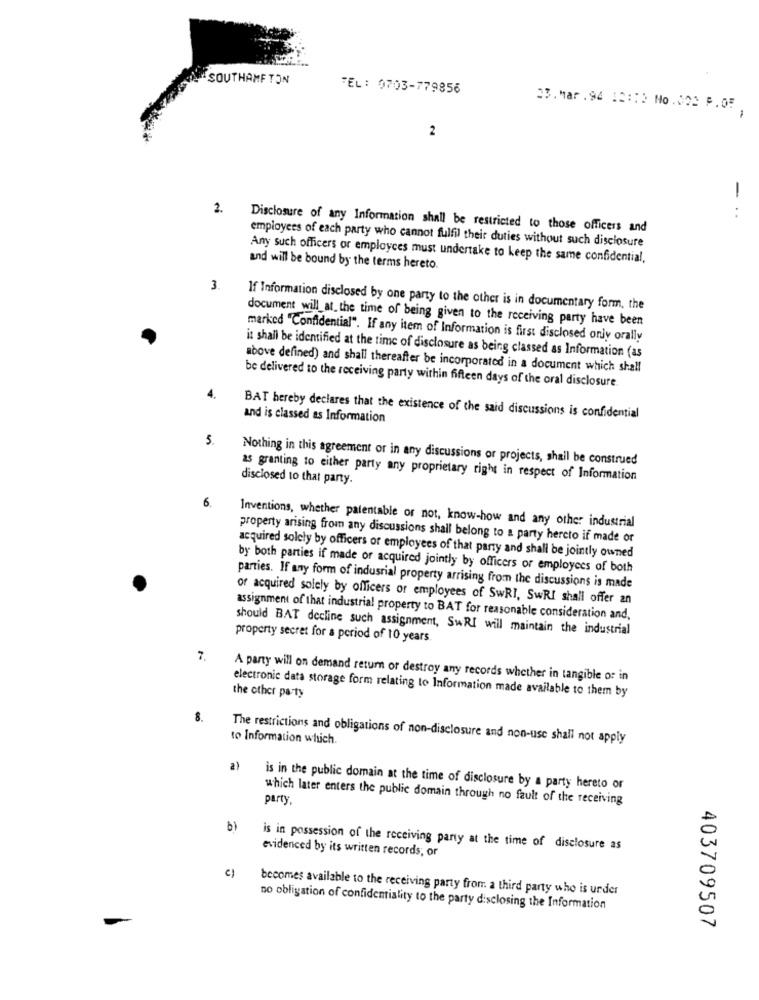
SOUTHAMPTON
TEL: 0703-779856
33.Mar .94 12 :: ) No .002 P.OF.
2
2.
-..
Disclosure of any Information shall be restricted to those officers and
employees of each party who cannot fulfil their duties without such disclosure
Any such officers or employces must undertake to keep the same confidential,
and will be bound by the terms hereto.
3.
If Information disclosed by one party to the other is in documentary form, the
document will_at_the time of being given to the receiving party have been
marked "Confidential". If any item of Information is first disclosed only orally
it shall be identified at the time of disclosure as being classed as Information (as
above defined) and shall thereafter be incorporated in a document which shall
be delivered to the receiving party within fifteen days of the oral disclosure.
4.
BAT hereby declares that the existence of the said discussions is confidential
and is classed as Information
5.
Nothing in this agreement or in any discussions or projects, shall be construed
disclosed to that panty.
as granting to either party any proprietary right in respect of Information
6.
Inventions, whether palentable or not, know-how and any other industrial
property arising from any discussions shall belong to a party hercto if made or
acquired solely by officers or employees of that party and shall be jointly owned
by both parties if made or acquired jointly by officers or employees of both
parties. If any form of indusrial property arrising from the discussions is made
or acquired solely by officers or employees of SwRI, SwRI shall offer an
assignment of that industrial property to BAT for reasonable consideration and,
should BAT decline such assignment, SwRI will maintain the industrial
property secret for a period of 10 years.
7.
A party will on demand return or destroy any records whether in tangible or in
electronic data storage form relating to Information made available to them by
the other party
8.
to Information which.
The restrictions and obligations of non-disclosure and non-use shall not apply
a)
is in the public domain at the time of disclosure by a party hereto or
party
which later enters the public domain through no fault of the receiving
b)
evidenced by its written records, or
is in possession of the receiving party at the time of disclosure as
c)
becomes available to the receiving party from a third party who is under
no obligation of confidentiality to the party disclosing the Information
403709507